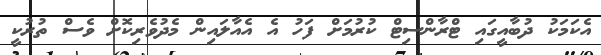
އެކަމަކު ދުބާއީގައި ޓްރާންސިޓް ކުރުމަށް ފަހު އެ އެއާލައިން މެދުވެރިކޮށް ވެސް ތުރުކީ